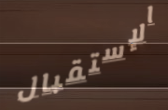
الإستقبال